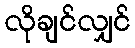
လိုချင်လျှင်